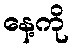
နေ့ကို